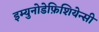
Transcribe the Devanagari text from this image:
इम्युनोडेफ़िशियेन्सी